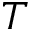
T